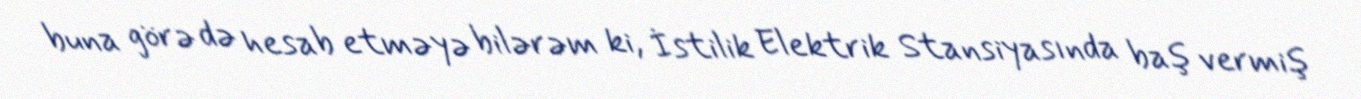
buna görə də hesab etməyə bilərəm ki, İstilik Elektrik Stansiyasında baş vermiş